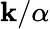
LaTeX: \mathbf{k}/\alpha